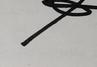
Signature authenticity: genuine